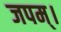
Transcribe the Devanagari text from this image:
जपम्‌।